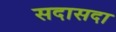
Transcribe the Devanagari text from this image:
सदासदा